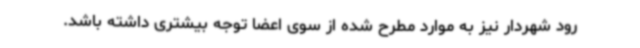
رود شهردار نیز به موارد مطرح شده از سوی اعضا توجه بیشتری داشته باشد.